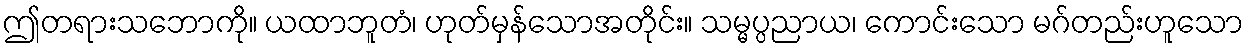
ဤတရားသဘောကို။ ယထာဘူတံ၊ ဟုတ်မှန်သောအတိုင်း။ သမ္မပ္ပညာယ၊ ကောင်းသော မဂ်တည်းဟူသော